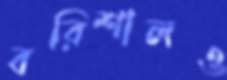
বরিশালও